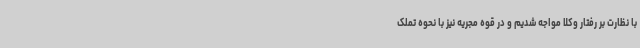
با نظارت بر رفتار وکلا مواجه شدیم و در قوه مجریه نیز با نحوه تملک